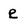
Character: e